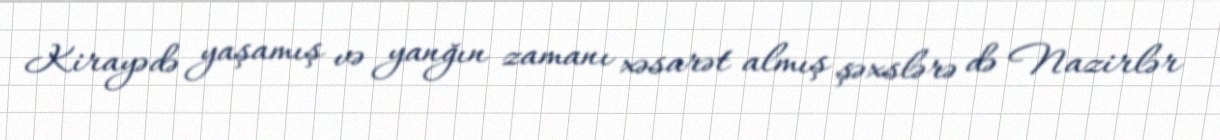
Kirayədə yaşamış və yanğın zamanı xəsarət almış şəxslərə də Nazirlər